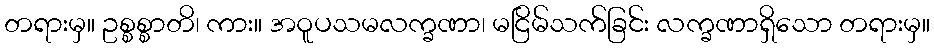
တရားမှ။ ဥစ္စစ္စာတိ၊ ကား။ အဝူပသမလက္ခဏာ၊ မငြိမ်သက်ခြင်း လက္ခဏာရှိသော တရားမှ။